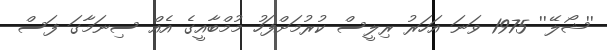
''ޝޯލޭ'' 1975 ވަނަ އަހަރު ރިލީސް ކުރުމަށްފަހު މުމްބާއީގެ އެއް ސިނަމާގަ ފަސް